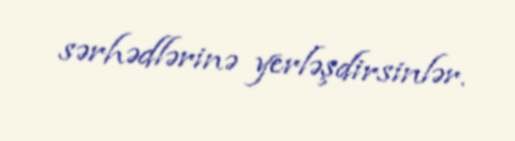
sərhədlərinə yerləşdirsinlər.